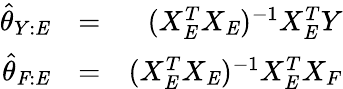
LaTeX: \begin{array}{rlr}{\hat{\theta}_{Y:\mathit{E}}}&{=}&{(X_{\mathit{E}}^{T}X_{\mathit{E}})^{-1}X_{\mathit{E}}^{T}Y}\\ {\hat{\theta}_{\mathit{F}:\mathit{E}}}&{=}&{(X_{\mathit{E}}^{T}X_{\mathit{E}})^{-1}X_{\mathit{E}}^{T}X_{F}}\end{array}